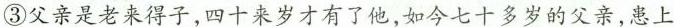
③父亲是老来得子,四十来岁才有了他,如今七十多岁的父亲,患上